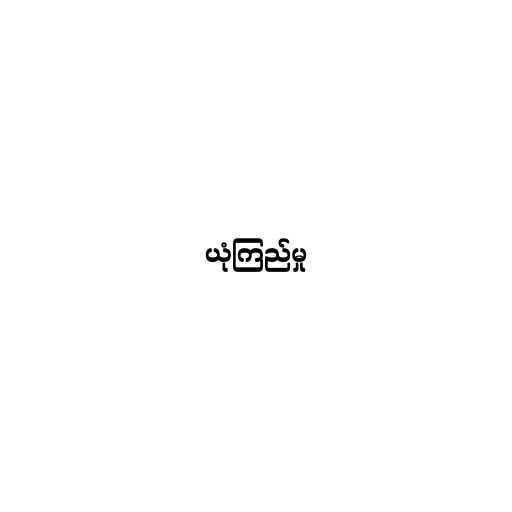
ယုံကြည်မှု